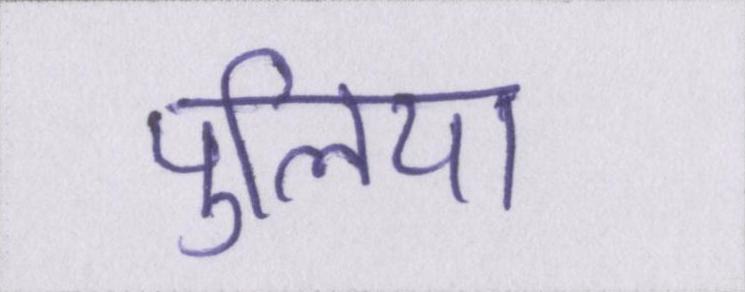
पुलिया